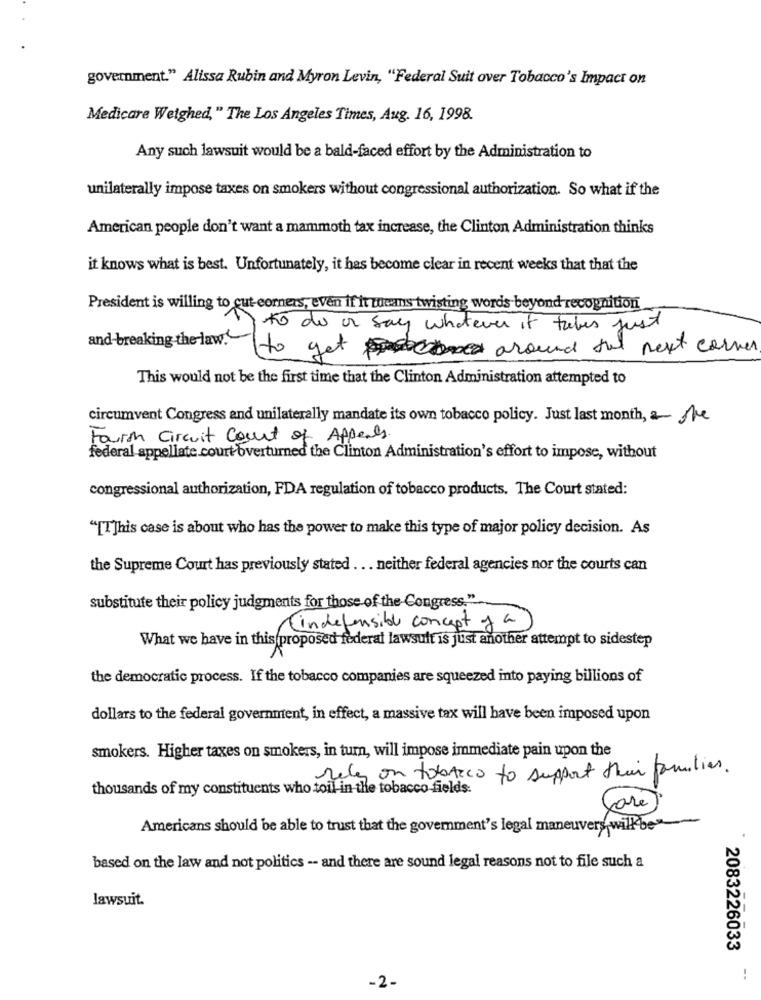
government." Alissa Rubin and Myron Levin, "Federal Suit over Tobacco's Impact on
Medicare Weighed," The Los Angeles Times, Aug. 16, 1998.
Any such lawsuit would be a bald-faced effort by the Administration to
unilaterally impose taxes on smokers without congressional authorization. So what if the
American people don't want a mammoth tax increase, the Clinton Administration thinks
it knows what is best. Unfortunately, it has become clear in recent weeks that that the
President is willing to cut corners, even if it means twisting words beyond recognition
to do or say whatever it takes just
and-breaking the law.
to get around ful next corner
This would not be the first time that the Clinton Administration attempted to
circumvent Congress and unilaterally mandate its own tobacco policy. Just last month, a the
Fourth Circuit Court of Appeals.
federal appellate court overturned the Clinton Administration's effort to impose, without
congressional authorization, FDA regulation of tobacco products. The Court stated:
"[T]his case is about who has the power to make this type of major policy decision. As
the Supreme Court has previously stated . .. neither federal agencies nor the courts can
substitute their policy judgments for those of the Congress."
(indefensible concept y a
What we have in this proposed federal lawsuit is just another attempt to sidestep
the democratic process. If the tobacco companies are squeezed into paying billions of
dollars to the federal government, in effect, a massive tax will have been imposed upon
smokers. Higher taxes on smokers, in turn, will impose immediate pain upon the
reles on tobacco to support their families.
thousands of my constituents who toil in the tobacco fields.
(are)
Americans should be able to trust that the government's legal maneuvers will be
based on the law and not politics -- and there are sound legal reasons not to file such a
lawsuit.
2083226033
-.
-2-